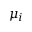
\mu _ { i }